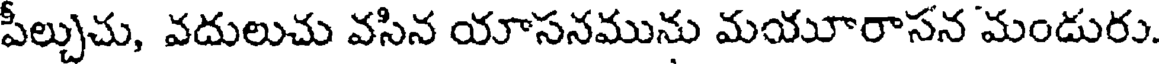
పీల్చుచు, వదులుచు వసిన యాసనమును మయూరాసన మండురు.